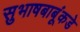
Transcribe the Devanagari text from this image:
सुभाषबाबूंकडे